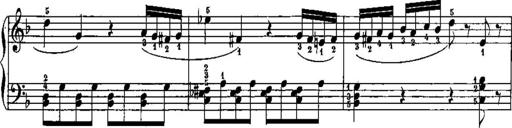
Title: Trois sonatines
Composer: Maurice Emmanuel